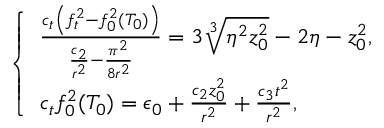
\left\{ \begin{array} { l l } { \frac { c _ { t } \left( f _ { t } ^ { 2 } - f _ { 0 } ^ { 2 } ( T _ { 0 } ) \right) } { \frac { c _ { 2 } } { r ^ { 2 } } - \frac { \pi ^ { 2 } } { 8 r ^ { 2 } } } = 3 \sqrt [ 3 ] { \eta ^ { 2 } z _ { 0 } ^ { 2 } } - 2 \eta - z _ { 0 } ^ { 2 } , } \\ { c _ { t } f _ { 0 } ^ { 2 } ( T _ { 0 } ) = \epsilon _ { 0 } + \frac { c _ { 2 } z _ { 0 } ^ { 2 } } { r ^ { 2 } } + \frac { c _ { 3 } t ^ { 2 } } { r ^ { 2 } } , } \end{array} \right.